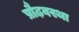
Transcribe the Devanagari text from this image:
प्रौढ़वस्था